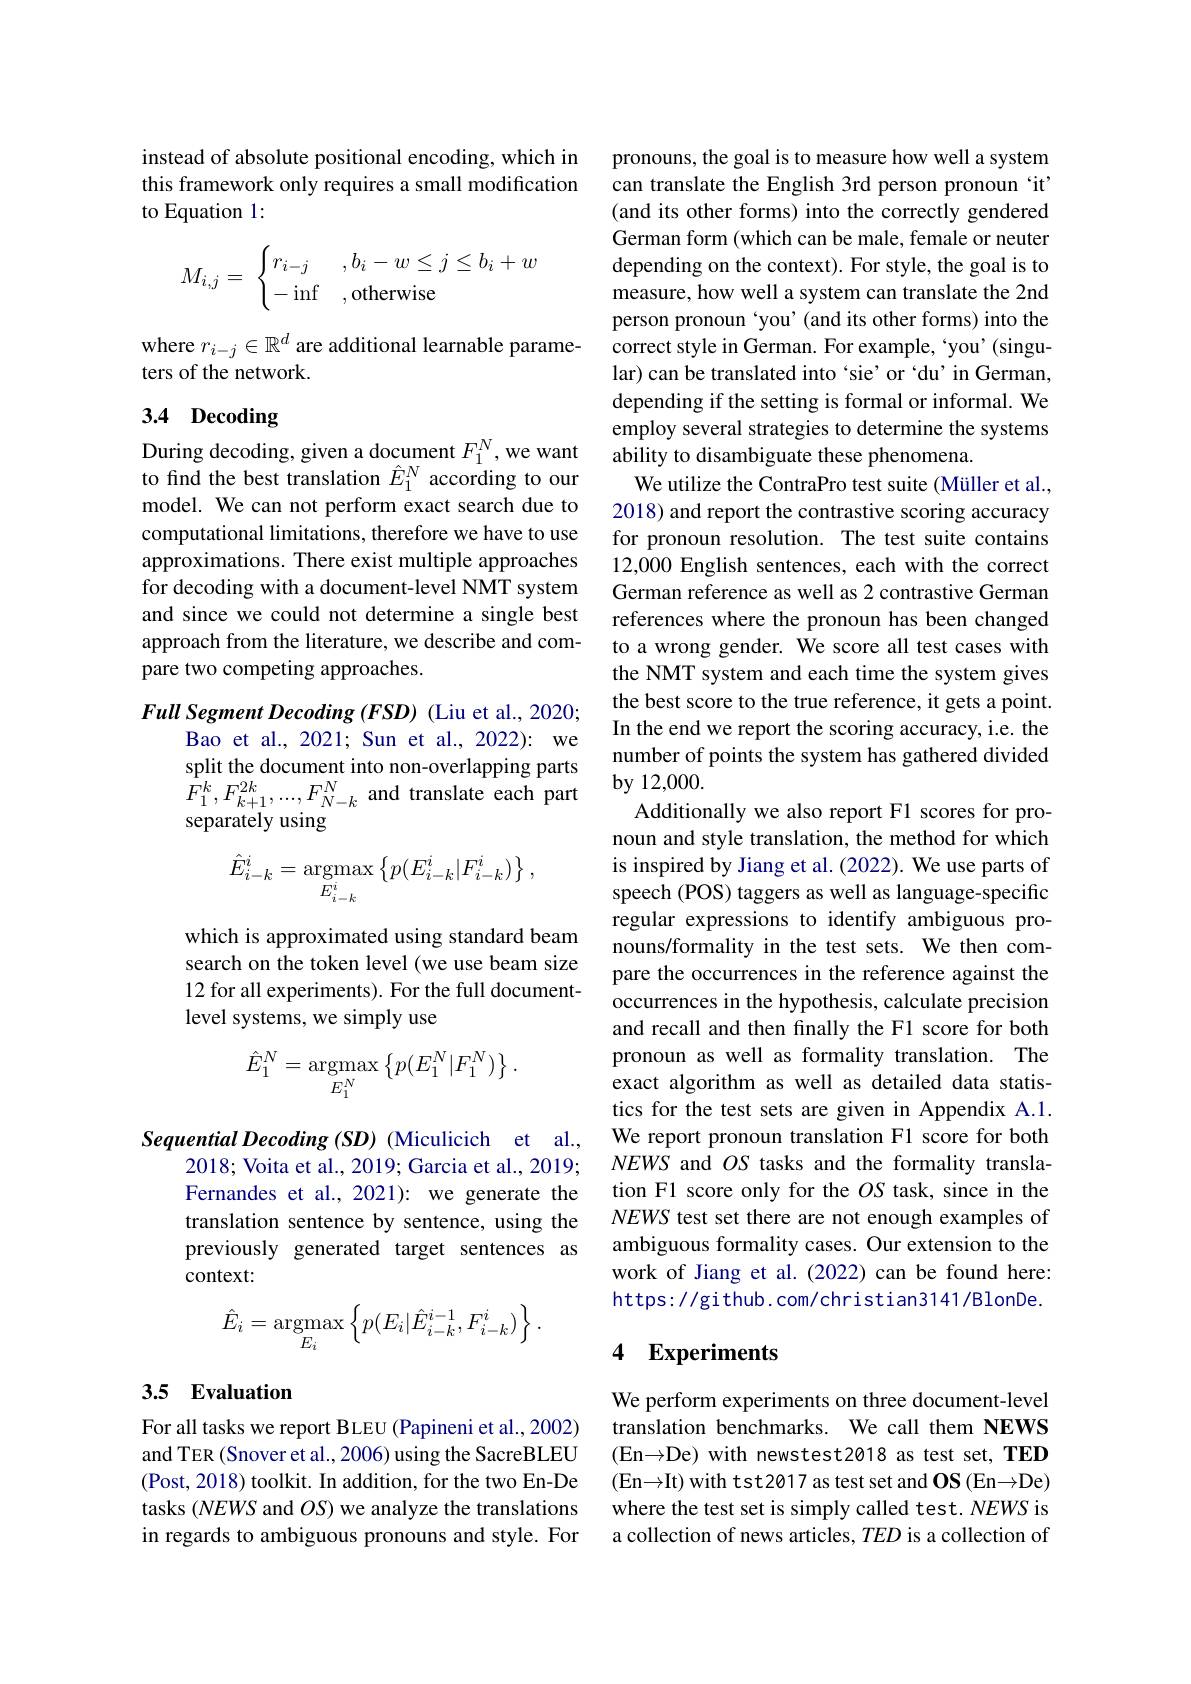
instead of absolute positional encoding, which in this framework only requires a small modification to Equation 1:
$$M_{i,j}=\:\begin{cases}r_{i-j}&,b_i-w\leq j\leq b_i+w\\-\inf&,\text{otherwise}\end{cases}$$
where $r_{i-j}\in\mathbb{R}^d$ are additional learnable parame-
ters of the network.

# 3.4 Decoding

During decoding, given a document $F_1^N$, we want to find the best translation $\hat{E}_1^N$ according to our model. We can not perform exact search due to computational limitations, therefore we have to use approximations. There exist multiple approaches for decoding with a document-level NMT system and since we could not determine a single best approach from the literature, we describe and compare two competing approaches.

Full Segment Decoding (FSD) (Liu et al., 2020;
Bao et al., 2021; Sun et al., 2022): we split the document into non-overlapping parts separately using
$$\hat{E}_{i-k}^{i}=\underset{E_{i-k}^{i}}{\mathrm{argmax}}\left\{p(E_{i-k}^{i}|F_{i-k}^{i})\right\},$$
which is approximated using standard beam search on the token level (we use beam size 12 for all experiments). For the full documentlevel systems, we simply use
$$\hat{E}_{1}^{N}=\mathop{\mathrm{argmax}}_{E_{1}^{N}}\left\{p(E_{1}^{N}|F_{1}^{N})\right\}.$$
Sequential Decoding (SD) (Miculicich et al.,
2018; Voita et al., 2019; Garcia et al., 2019; Fernandes et al., 2021): we generate the translation sentence by sentence, using the previously generated target sentences as context:
$$\hat{E}_{i}=\mathop{\mathrm{argmax}}_{E_{i}}\left\{p(E_{i}|\hat{E}_{i-k}^{i-1},F_{i-k}^{i})\right\}.$$
## 3.5 Evaluation

For all tasks we report BLEU (Papineni et al.,2002) and TER (Snover et al., 2006) using the SacreBLEU (Post, 2018) toolkit. In addition, for the two En-De tasks $(NEWS$ and $OS)$ we analyze the translations in regards to ambiguous pronouns and style. For

pronouns, the goal is to measure how well a system can translate the English 3rd person pronoun `it' (and its other forms) into the correctly gendered German form (which can be male, female or neuter depending on the context). For style, the goal is to measure, how well a system can translate the 2nd person pronoun ‘you’(and its other forms) into the correct style in German. For example, ‘you’(singular) can be translated into 'sie' or ‘du’ in German, depending if the setting is formal or informal. We employ several strategies to determine the systems ability to disambiguate these phenomena.
We utilize the ContraPro test suite (Müller et al., 2018) and report the contrastive scoring accuracy for pronoun resolution. The test suite contains 12,000 English sentences, each with the correct German reference as well as 2 contrastive German references where the pronoun has been changed to a wrong gender. We score all test cases with the NMT system and each time the system gives the best score to the true reference, it gets a point. In the end we report the scoring accuracy, i.e. the number of points the system has gathered divided
$\begin{array}{ll}{{F_{1}^{k},F_{k+1}^{2k},\ldots,F_{N-k}^{N}}}&{{\mathrm{and~translate~each~part}}}&{{\mathrm{by~12,000.}}}\\{{\mathrm{Addition~}}}\end{array}$
Additionally we also report F1 scores for pronoun and style translation, the method for which is inspired by Jiang et al. (2022). We use parts of speech (POS) taggers as well as language-specific regular expressions to identify ambiguous pronouns/formality in the test sets. We then compare the occurrences in the reference against the occurrences in the hypothesis, calculate precision and recall and then finally the F1 score for both pronoun as well as formality translation. The exact algorithm as well as detailed data statistics for the test sets are given in Appendix A.1. We report pronoun translation F1 score for both NEWS and $OS$ tasks and the formality translation F1 score only for the $OS$ task, since in the NEWS test set there are not enough examples of ambiguous formality cases. Our extension to the work of Jiang et al.(2022) can be found here: https://github.com/christian3141/BlonDe.

### 4 Experiments

We perform experiments on three document-level translation benchmarks. We call them NEWS ( En$\to$De) with newstest2018 as test set, TED ( En$\to$It) with tst2017 as test set and OS ( En$\to$De) where the test set is simply called test. NEWS is a collection of news articles, $TED$ is a collection of